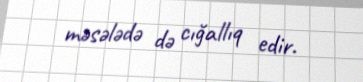
məsələdə də cığallıq edir.